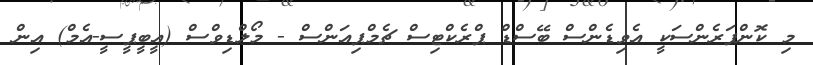
މި ކޮންފަރެންސަކީ އެވިޑެންސް ބޭސްޑް ޕްރެކްޓިސް ޗެމްޕިއަންސް - މޯލްޑިވްސް (އީބީޕީސީ-އެމް) އިން